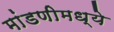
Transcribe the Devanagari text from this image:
मांडणीमध्ये